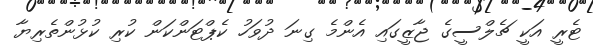
ޓެރީ އަކީ ޗެލްސީގެ ޖާޒީގައި އެންމެ ގިނަ ދުވަހު ކެޕްޓަންކަން ކުރި ކުޅުންތެރިޔާ